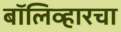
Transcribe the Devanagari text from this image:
बॉलिव्हारचा